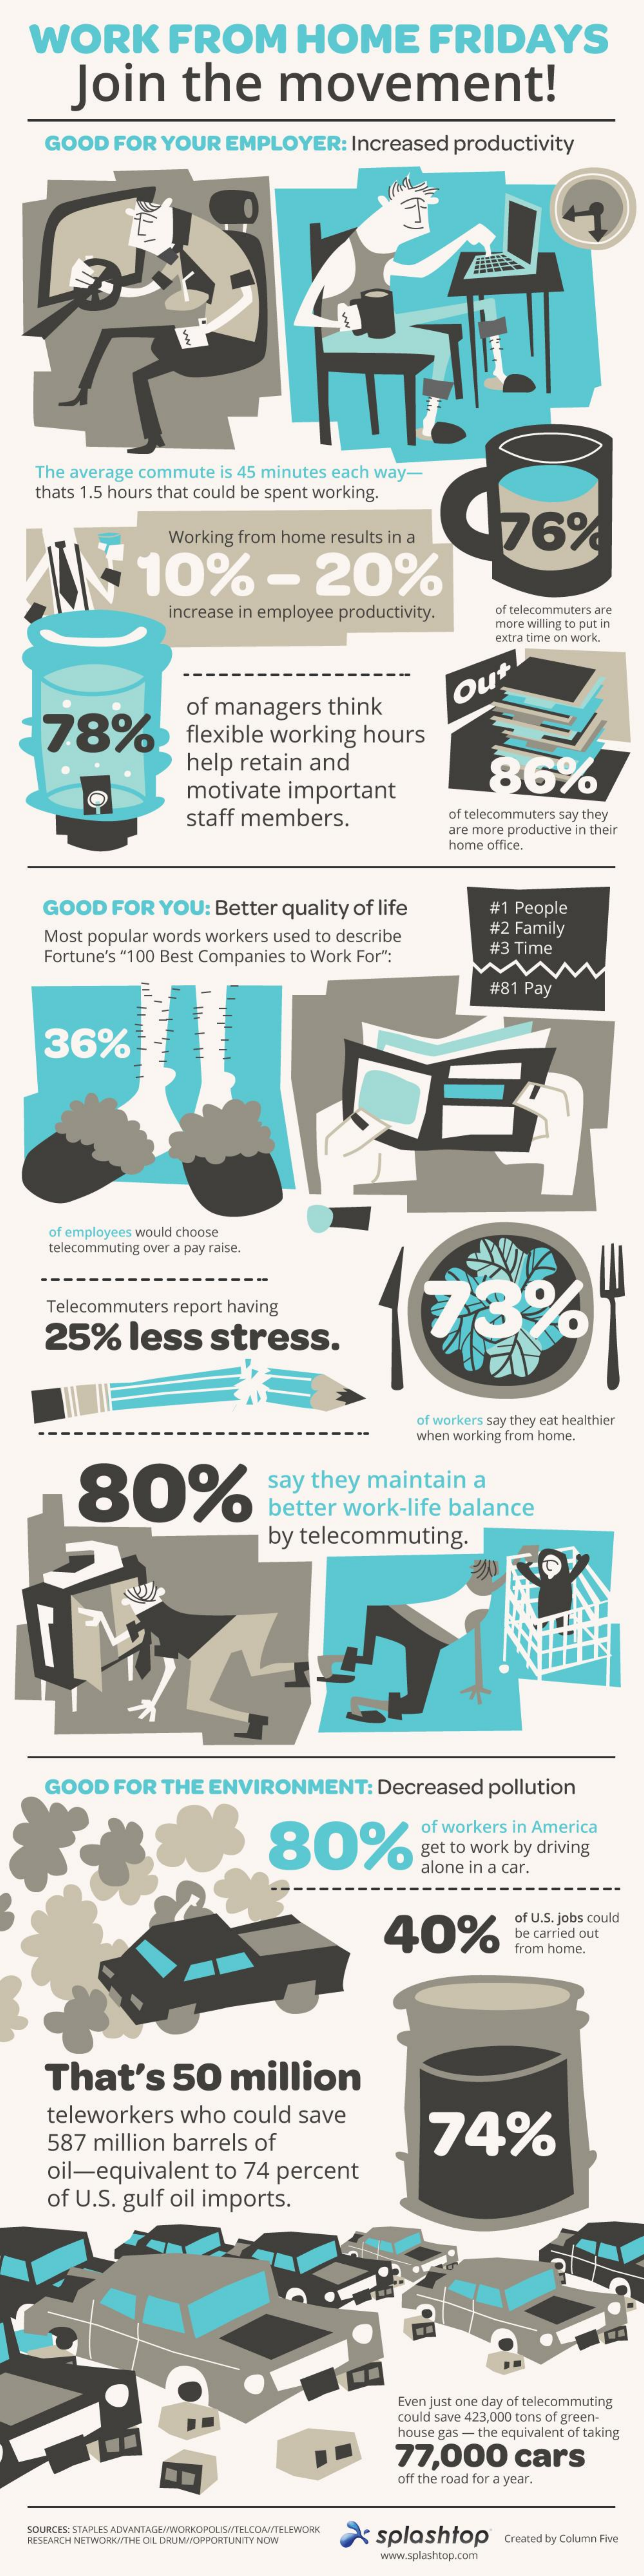
WORK    FROM    HOME    FRIDAYS
     Join    the    movement!
     GOOD    FOR    YOUR    EMPLOYER:    Increased    productivity
     The    average    commute    is 45   minutes    each    way-
     thats   1.5   hours    that   could    be   spent    working.
     Working    from    home    results    in  a
     10%    -    20%
     76%
     increase    in  employee    productivity.    of telecommuters    are
     more  willing to put in
     extra time on  work.
     78%
     of  managers    think
     Out
     flexible    working    hours
     help    retain    and    86%
     motivate    important
     staff    members.    of telecommuters    say  they
     are more    productive    in their
     home    office.
     GOOD    FOR    YOU:    Better    quality    of   life    #1  People
     Most    popular    words    workers    used    to  describe    #2  Family
     Fortune's    "100    Best    Companies    to  Work    For":    #3  Time
     #81    Pay
     36%
     of employees    would   choose
     telecommuting    over  a  pay  raise.
     Telecommuters    report    having
     25%    less    stress.
     of  workers    say they  eat  healthier
     when    working   from   home.
     80%    say    they    maintain    a
     better    work-life    balance
     by    telecommuting.
     GOOD    FOR    THE    ENVIRONMENT:    Decreased    pollution
     80%
     of  workers    in   America
     get   to  work    by   driving
     alone    in  a  car.
     40%
     of U.S. jobs  could
     be  carried  out
     from  home.
     That's    50    million
     teleworkers    who    could    save
     587    million    barrels    of    74%
     oil-equivalent    to    74    percent
     of   U.S.    gulf    oil    imports.
     Even  just one  day   of telecommuting
     could  save  423,000   tons  of  green-
     house   gas -  the  equivalent    of taking
     77,000    cars
     off the road  for  a year.
     POURCES: STAPLES ADVANTAGEOWORKOPOLISITELCOLANTELEWORK    X    splashtop RESEMICH NETWORKATHE OIL DRUMMOPPORTUNITY NOW Created by Column Five
     www.splashoop.com